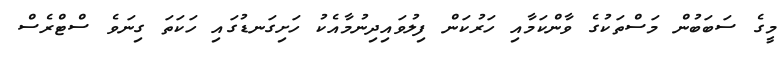
މީގެ ސަބަބުން މަސްތަކުގެ ވާންކަމާއި ހަރުކަން ފިލުވައިދިނުމާއެކު ހަށިގަނޑުގައި ހަކަތަ ގިނަވެ ސްޓްރެސް